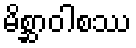
မိစ္ဆာဝါစဿ